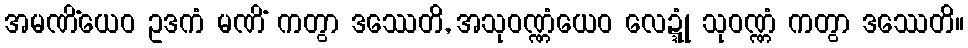
အမဏိံယေဝ ဥဒကံ မဏိံ ကတွာ ဒဿေတိ, အသုဝဏ္ဏံယေဝ လေဍ္ဍုံ သုဝဏ္ဏံ ကတွာ ဒဿေတိ။